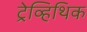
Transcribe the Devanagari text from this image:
ट्रेव्हिथिक